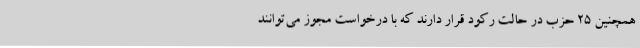
همچنین 25 حزب در حالت رکود قرار دارند که با درخواست مجوز می‌توانند